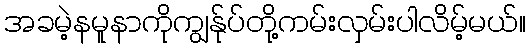
အခမဲ့နမူနာကိုကျွန်ုပ်တို့ကမ်းလှမ်းပါလိမ့်မယ်။